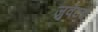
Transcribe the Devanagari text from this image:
जुवेंटड